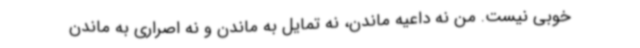
خوبی نیست. من نه داعیه ماندن، نه تمایل به ماندن و نه اصراری به ماندن